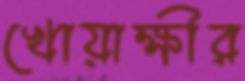
খোয়াক্ষীর